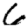
Digit: 6